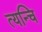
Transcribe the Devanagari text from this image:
त्यन्चि